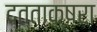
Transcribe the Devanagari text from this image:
दत्ताक्षरा